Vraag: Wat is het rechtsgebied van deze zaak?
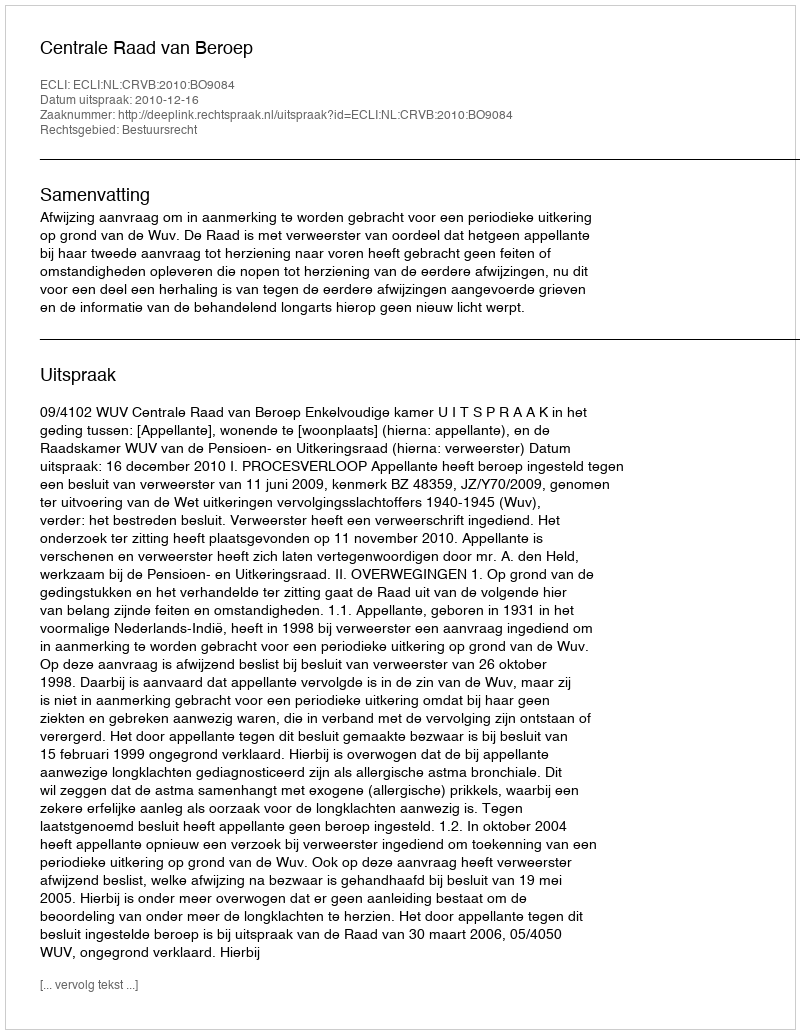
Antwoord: Bestuursrecht